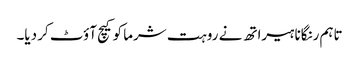
تاہم رنگانا ہیراتھ نے روہت شرما کو کیچ آؤٹ کر دیا۔